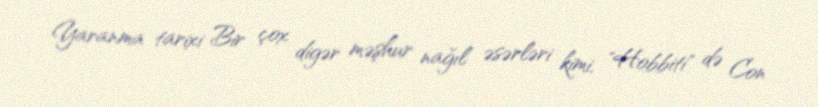
Yaranma tarixi Bir çox digər məşhur nağıl əsərləri kimi, "Hobbiti" də Con